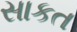
સાકત